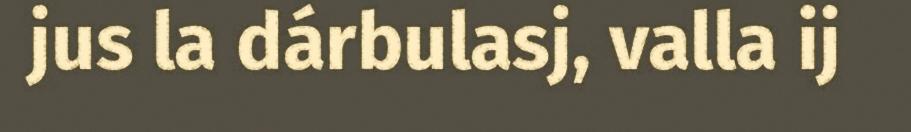
jus la dárbulasj, valla ij